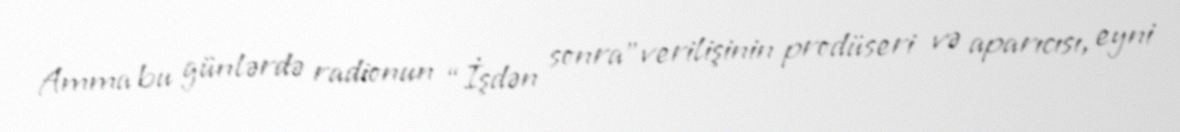
Amma bu günlərdə radionun “İşdən sonra”verilişinin prodüseri və aparıcısı, eyni